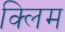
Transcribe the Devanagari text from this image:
क्लिम